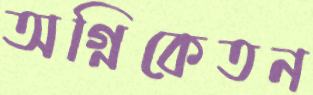
অগ্নিকেতন